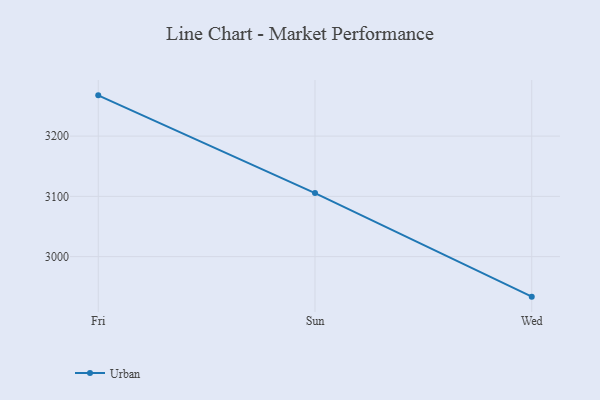
{"axis": {"x": "Day", "y": "Operating Costs (USD K)"}, "legend": ["Urban"], "data": [{"x": "Fri", "y": 3267.6, "type": "Urban"}, {"x": "Sun", "y": 3105.5, "type": "Urban"}, {"x": "Wed", "y": 2933.6, "type": "Urban"}]}